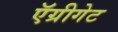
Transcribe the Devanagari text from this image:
ऍग्रीगेट